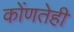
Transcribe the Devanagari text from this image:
कोंणतेही